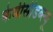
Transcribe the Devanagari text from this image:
केवीसीडब्ल्यू